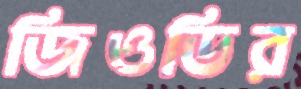
জিওডির